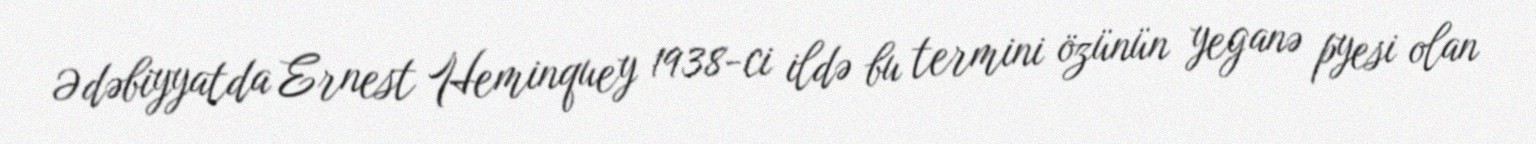
Ədəbiyyatda Ernest Heminquey 1938-ci ildə bu termini özünün yeganə pyesi olan